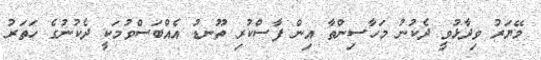
މޭޔަރު ވިދާޅުވީ ދެކުނު މަހާސިންތާ އިން ފާސްކުރި ތޫނޑު އެއްބަސްވުމަކީ ދެކުނުގެ ހަތަރު